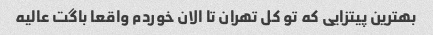
بهترین پیتزایی که تو کل تهران تا الان خوردم واقعا باگت عالیه